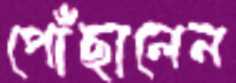
পোঁছালেন